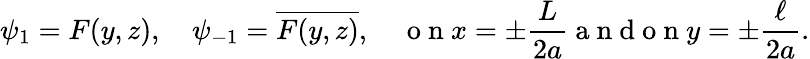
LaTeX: \psi_{1}=F(y,z),\quad\psi_{-1}=\overline{{F(y,z)}},\quad\mathrm{~o~n~}x=\pm\frac{L}{2a}\mathrm{~a~n~d~o~n~}y=\pm\frac{\ell}{2a}.